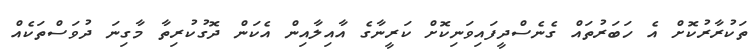
ތަކުރާރުކޮށް އެ ހަބަރުތައް ގެނެސްދީފައިވަނިކޮށް ކަރީނާގެ އާއިލާއިން އެކަން ދޮގުކުރިތާ މާގިނަ ދުވަސްތަކެއް